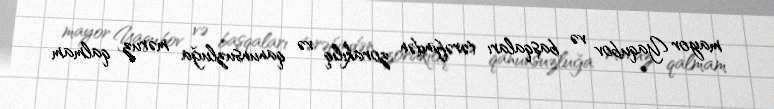
mayor Yaqubov və başqaları tərəfindən zorakılıq və qanunsuzluğa məruz qalmam